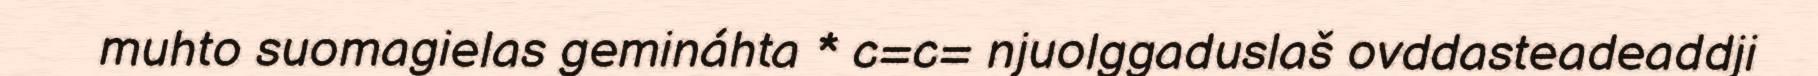
muhto suomagielas gemináhta * c=c= njuolggaduslaš ovddasteadeaddji